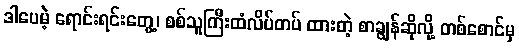
ဒါပေမဲ့ ရောင်းရင်းတွေ့၊ စစ်သူကြီးထံလိပ်တပ် ထားတဲ့ စာချွန်ဆိုလို့ တစ်စောင်မှ